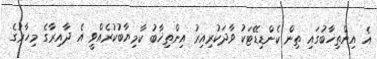
އެ އިންތިޚާބުގައި ތިން ކެންޑިޑޭޓަކު ވާދަކުރިއިރު އިންތިޚާބު ކާމިޔާބުކުރެއްވީ އެ ދާއިރާގެ މިހާރުގެ